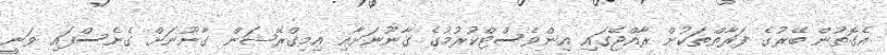
އެގޮތުން ބޭރުގެ ފަރާތްތަކުން ރާއްޖޭގައި އިންވެސްޓްކުރުމުގެ ގާނޫނަށާއި އިމިގްރޭޝަން ގާނޫނަށް ގެނެސްފައި ވަނީ